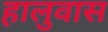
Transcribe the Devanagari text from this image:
हालुवास